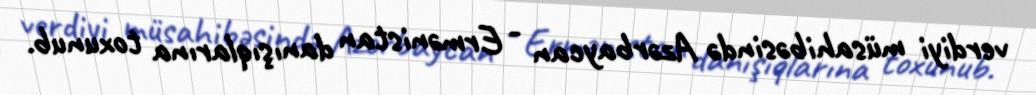
verdiyi müsahibəsində Azərbaycan - Ermənistan danışıqlarına toxunub.